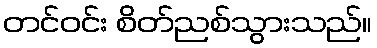
တင်ဝင်း စိတ်ညစ်သွားသည်။